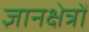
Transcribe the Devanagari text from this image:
ज्ञानक्षेत्रों